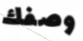
وصفك